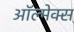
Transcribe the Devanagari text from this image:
ऑल्मेक्स